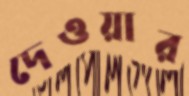
দেওয়ার